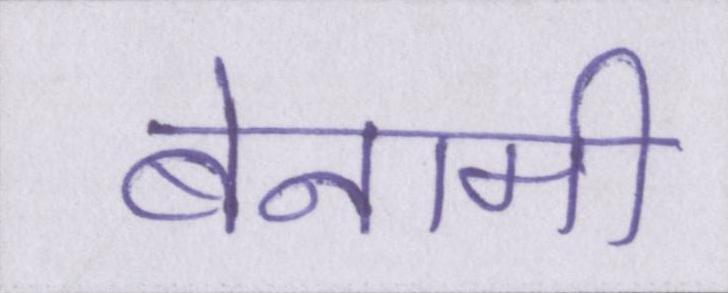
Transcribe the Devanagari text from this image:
बेनामी